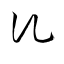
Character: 虬